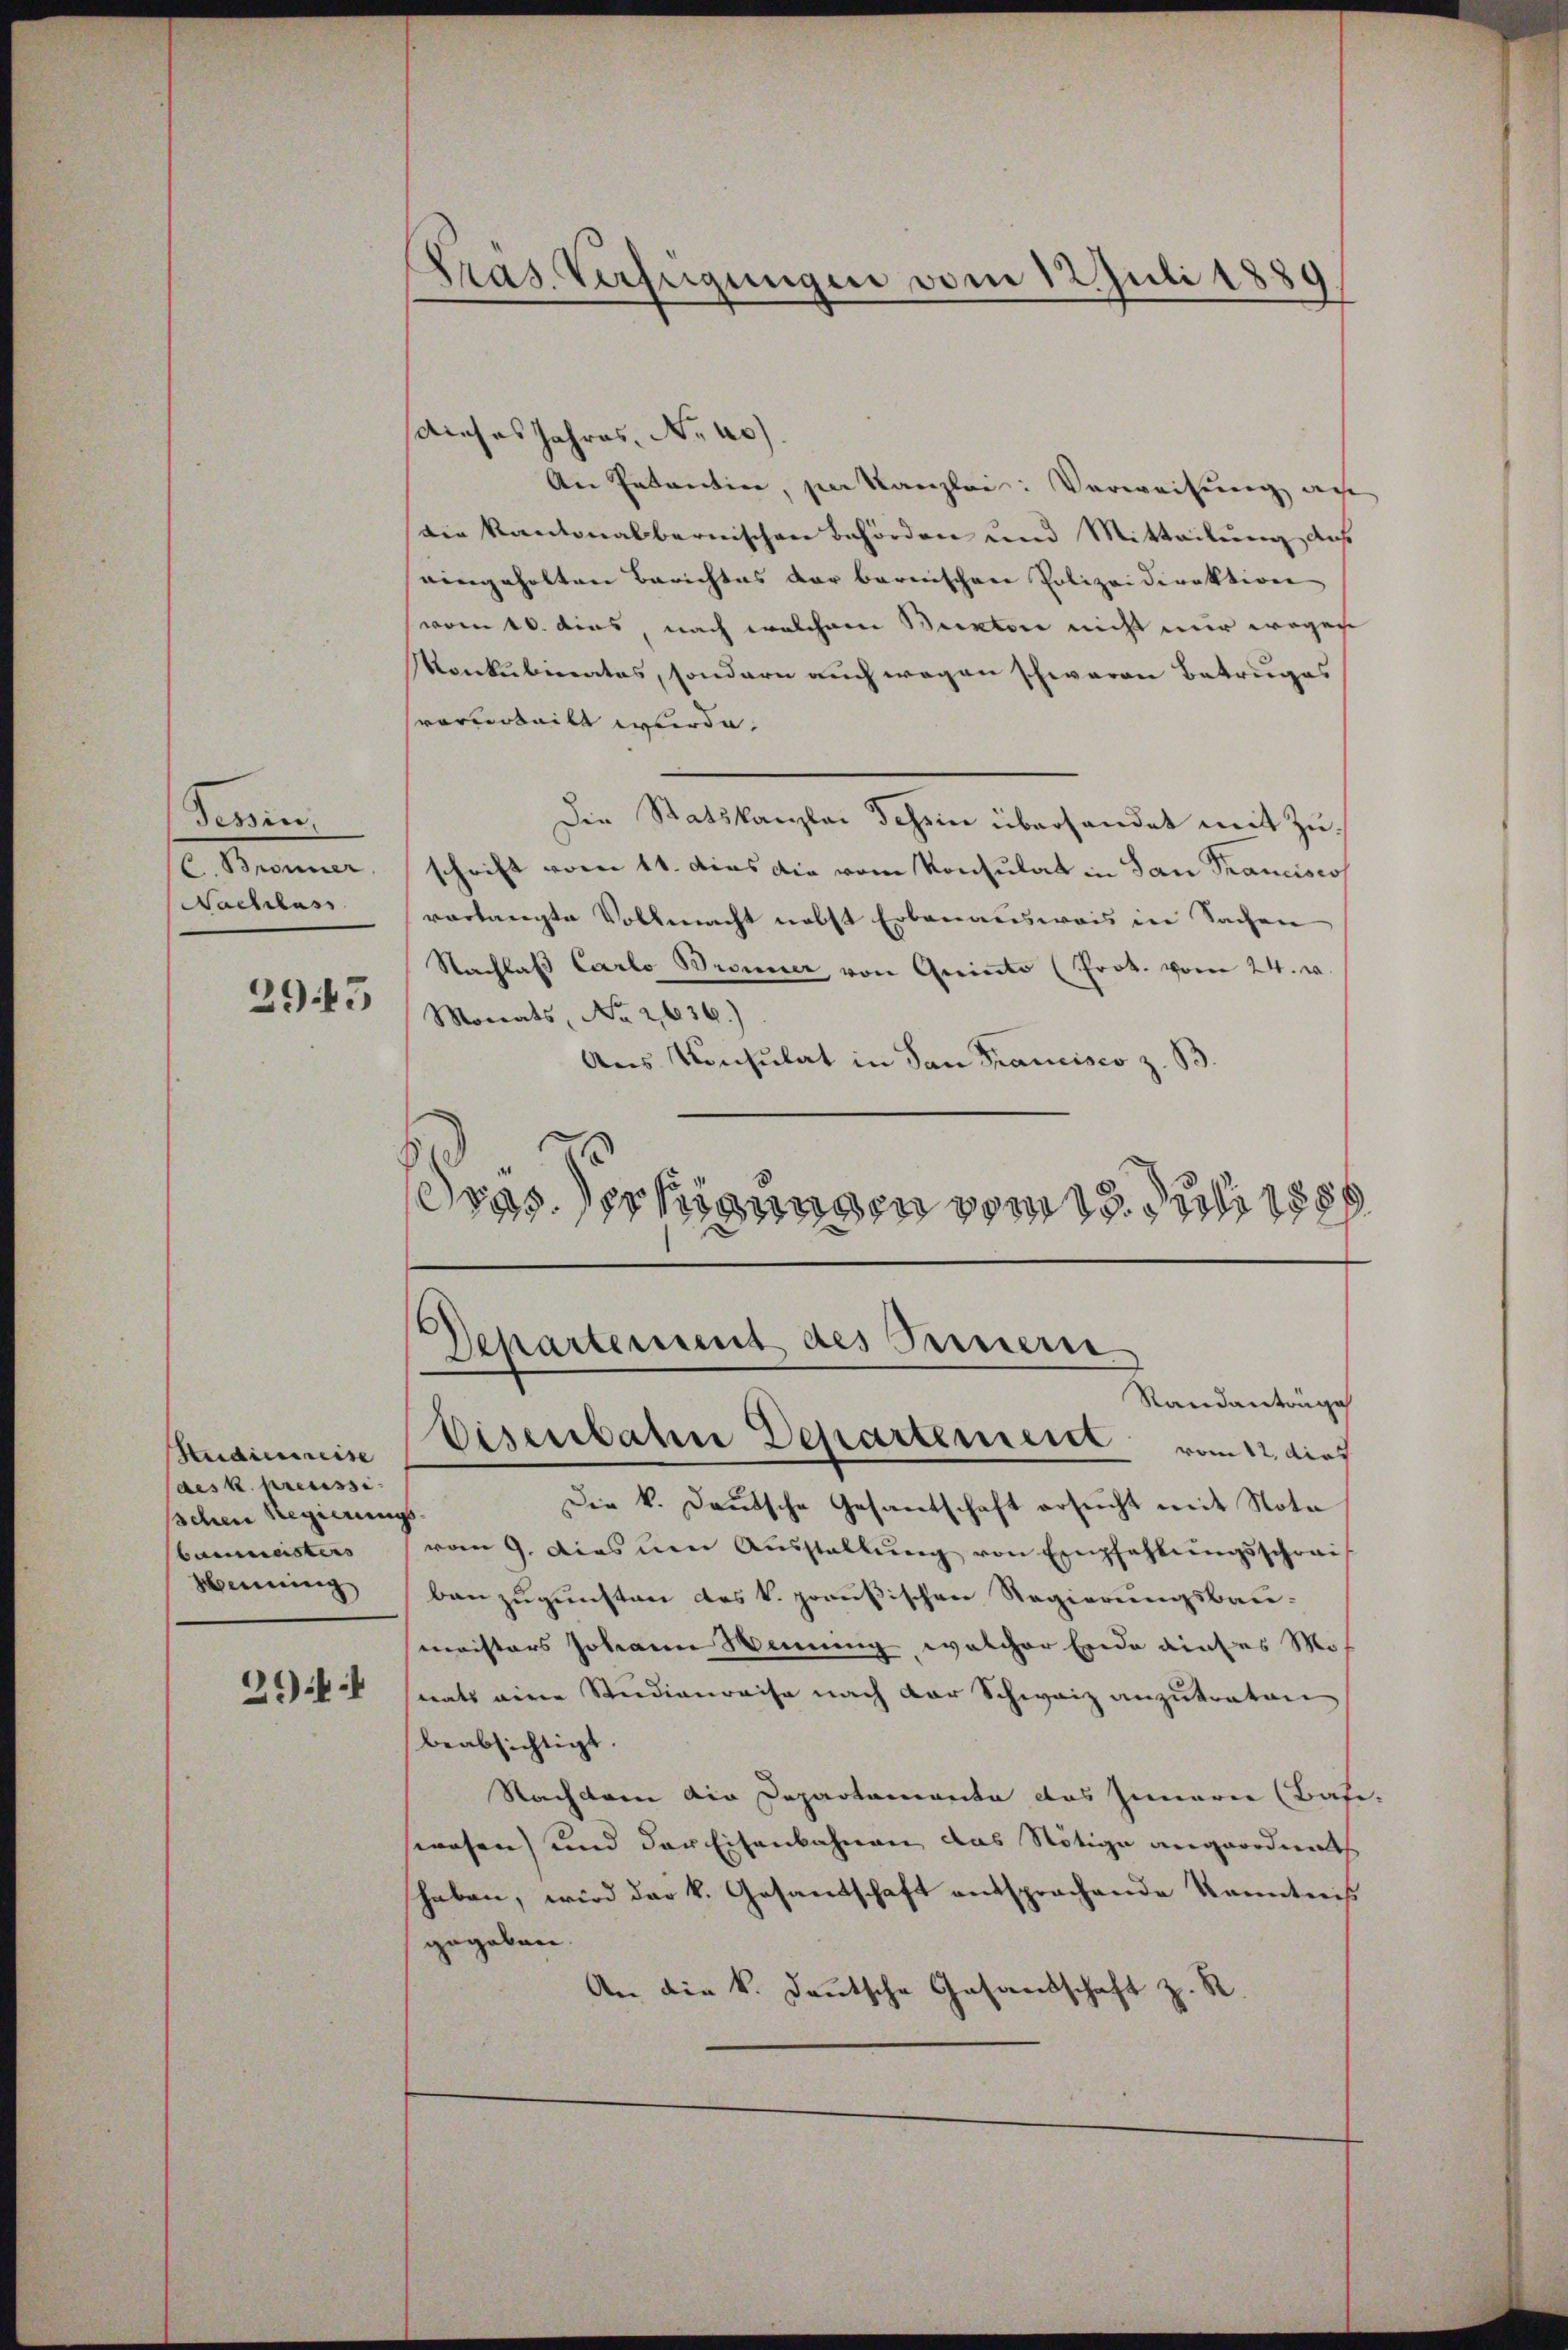
Seren,
Nachlass

2943

Studiereise
aes k. Kreussi
schen Regierungs
Baumeisters
sinnung

2944

Präs. Verfügungen vom 12. Juli 1889
¬

dieses Jahres, No 40).
An Intentin, zur Kanzlei: Verweisung au
die kantonalbernischen Behörden und Mitteilung, daß
eingeholten Berichtes der bernischen Polizeidirektion
vom 10. dies, nach welchem Bunter nicht nur wegen
Konkubinates, sondern auch wegen schwaren Betruges
vorurteilt wurde.
Die Statskanzlei Schein überhandet mit Zu¬
C. Bronner schrift vom 11. das die vom Konsulat in San Franciscos
verlangte Vollmacht nebst Erbenausweis in Sachen
Nachlaβ Carlo Bronner, von Quinte (Prot. vom 24. J
Monats, No 2,636.)
Aus Konsulat in San Francisco z. B
Sras. erfügungen vom 13. Juli 1887

Departement des Fernern
Standanträge
Eisenbaten Departement vom 12. dies

Die k. Deutsche Gesantschaft ersucht mit Nota
vom 9. das ŭm Aŭsstellŭng von Empfehlŭngsschrei
ban zugunsten des k. preußischen Regierungsbau-
meisters Johann Weining, welcher Erde dieses Mo-
nats eine Studienreise nach der Schweiz anzutraten
beabsichtigt.
Nachdem die Departamente das Innern (Bafe-
swesen) und der Eisenbahnen das Nötige angeordnet
haben, wird der k. Gesandschaft entsprochende Kenntniß
gegeben.
An die k. deutsche Gesandschaft z. R.